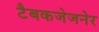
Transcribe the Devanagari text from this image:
टैबकजेजनेर